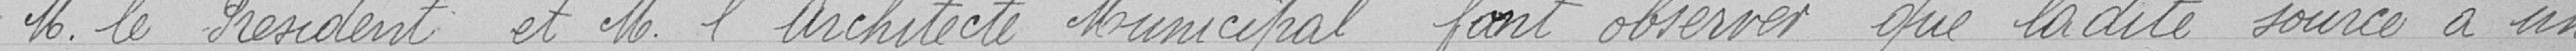
M; le Président et M. l'architecte Municipal font observer que ladite source a un